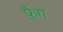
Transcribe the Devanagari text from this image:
फ़ेंग